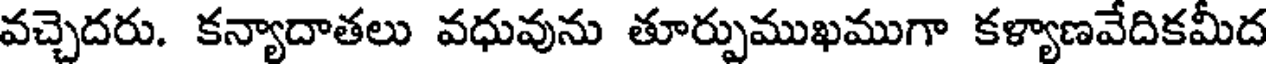
వచ్చెదరు. కన్యాదాతలు వధువును తూర్పుముఖముగా కళ్యాణవేదికమీద